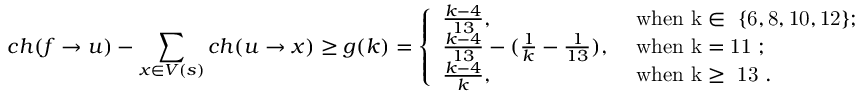
c h ( f \rightarrow u ) - \sum _ { x \in V ( s ) } c h ( u \rightarrow x ) \geq g ( k ) = \left\{ \begin{array} { l l } { \frac { k - 4 } { 1 3 } , } & { \mathrm { ~ w h e n ~ k \in ~ \{ 6 , 8 , 1 0 , 1 2 \} ; ~ } } \\ { \frac { k - 4 } { 1 3 } - ( \frac { 1 } { k } - \frac { 1 } { 1 3 } ) , } & { \mathrm { ~ w h e n ~ k = 1 1 ~ } ; } \\ { \frac { k - 4 } { k } , } & { \mathrm { ~ w h e n ~ k \geq ~ 1 3 ~ } . } \end{array} \right.